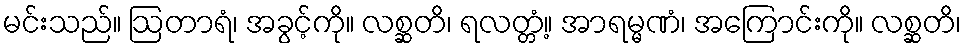
မင်းသည်။ ဩတာရံ၊ အခွင့်ကို။ လစ္ဆတိ၊ ရလတ္တံ့။ အာရမ္မဏံ၊ အကြောင်းကို။ လစ္ဆတိ၊